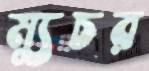
ম্যুচর